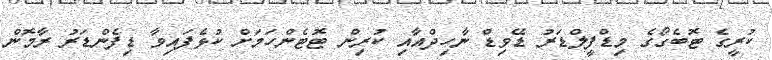
ކުރީގެ ޓޮބެގޯގެ މިޑްފީލްޑަރު ޑޭވިޑް ނާހިދްއާއި ކުރިން ޓޮޓެންހަމަށް ކުޅެފައިވާ ޑިފެންޑަރު ރާމޮން